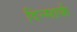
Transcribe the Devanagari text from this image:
दिन्मार्क